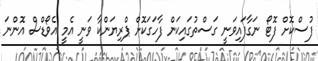
ފުސްކޮށް ފޮޓޯ ނަގާފައިވަނީ ގަސްތުގައިކަން ފާހަގަކޮށް ޕްރިޔަންކާ ވަނީ އެމީ އެވޯޑްސް އޮންނަ